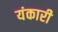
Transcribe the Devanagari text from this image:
यंकारी